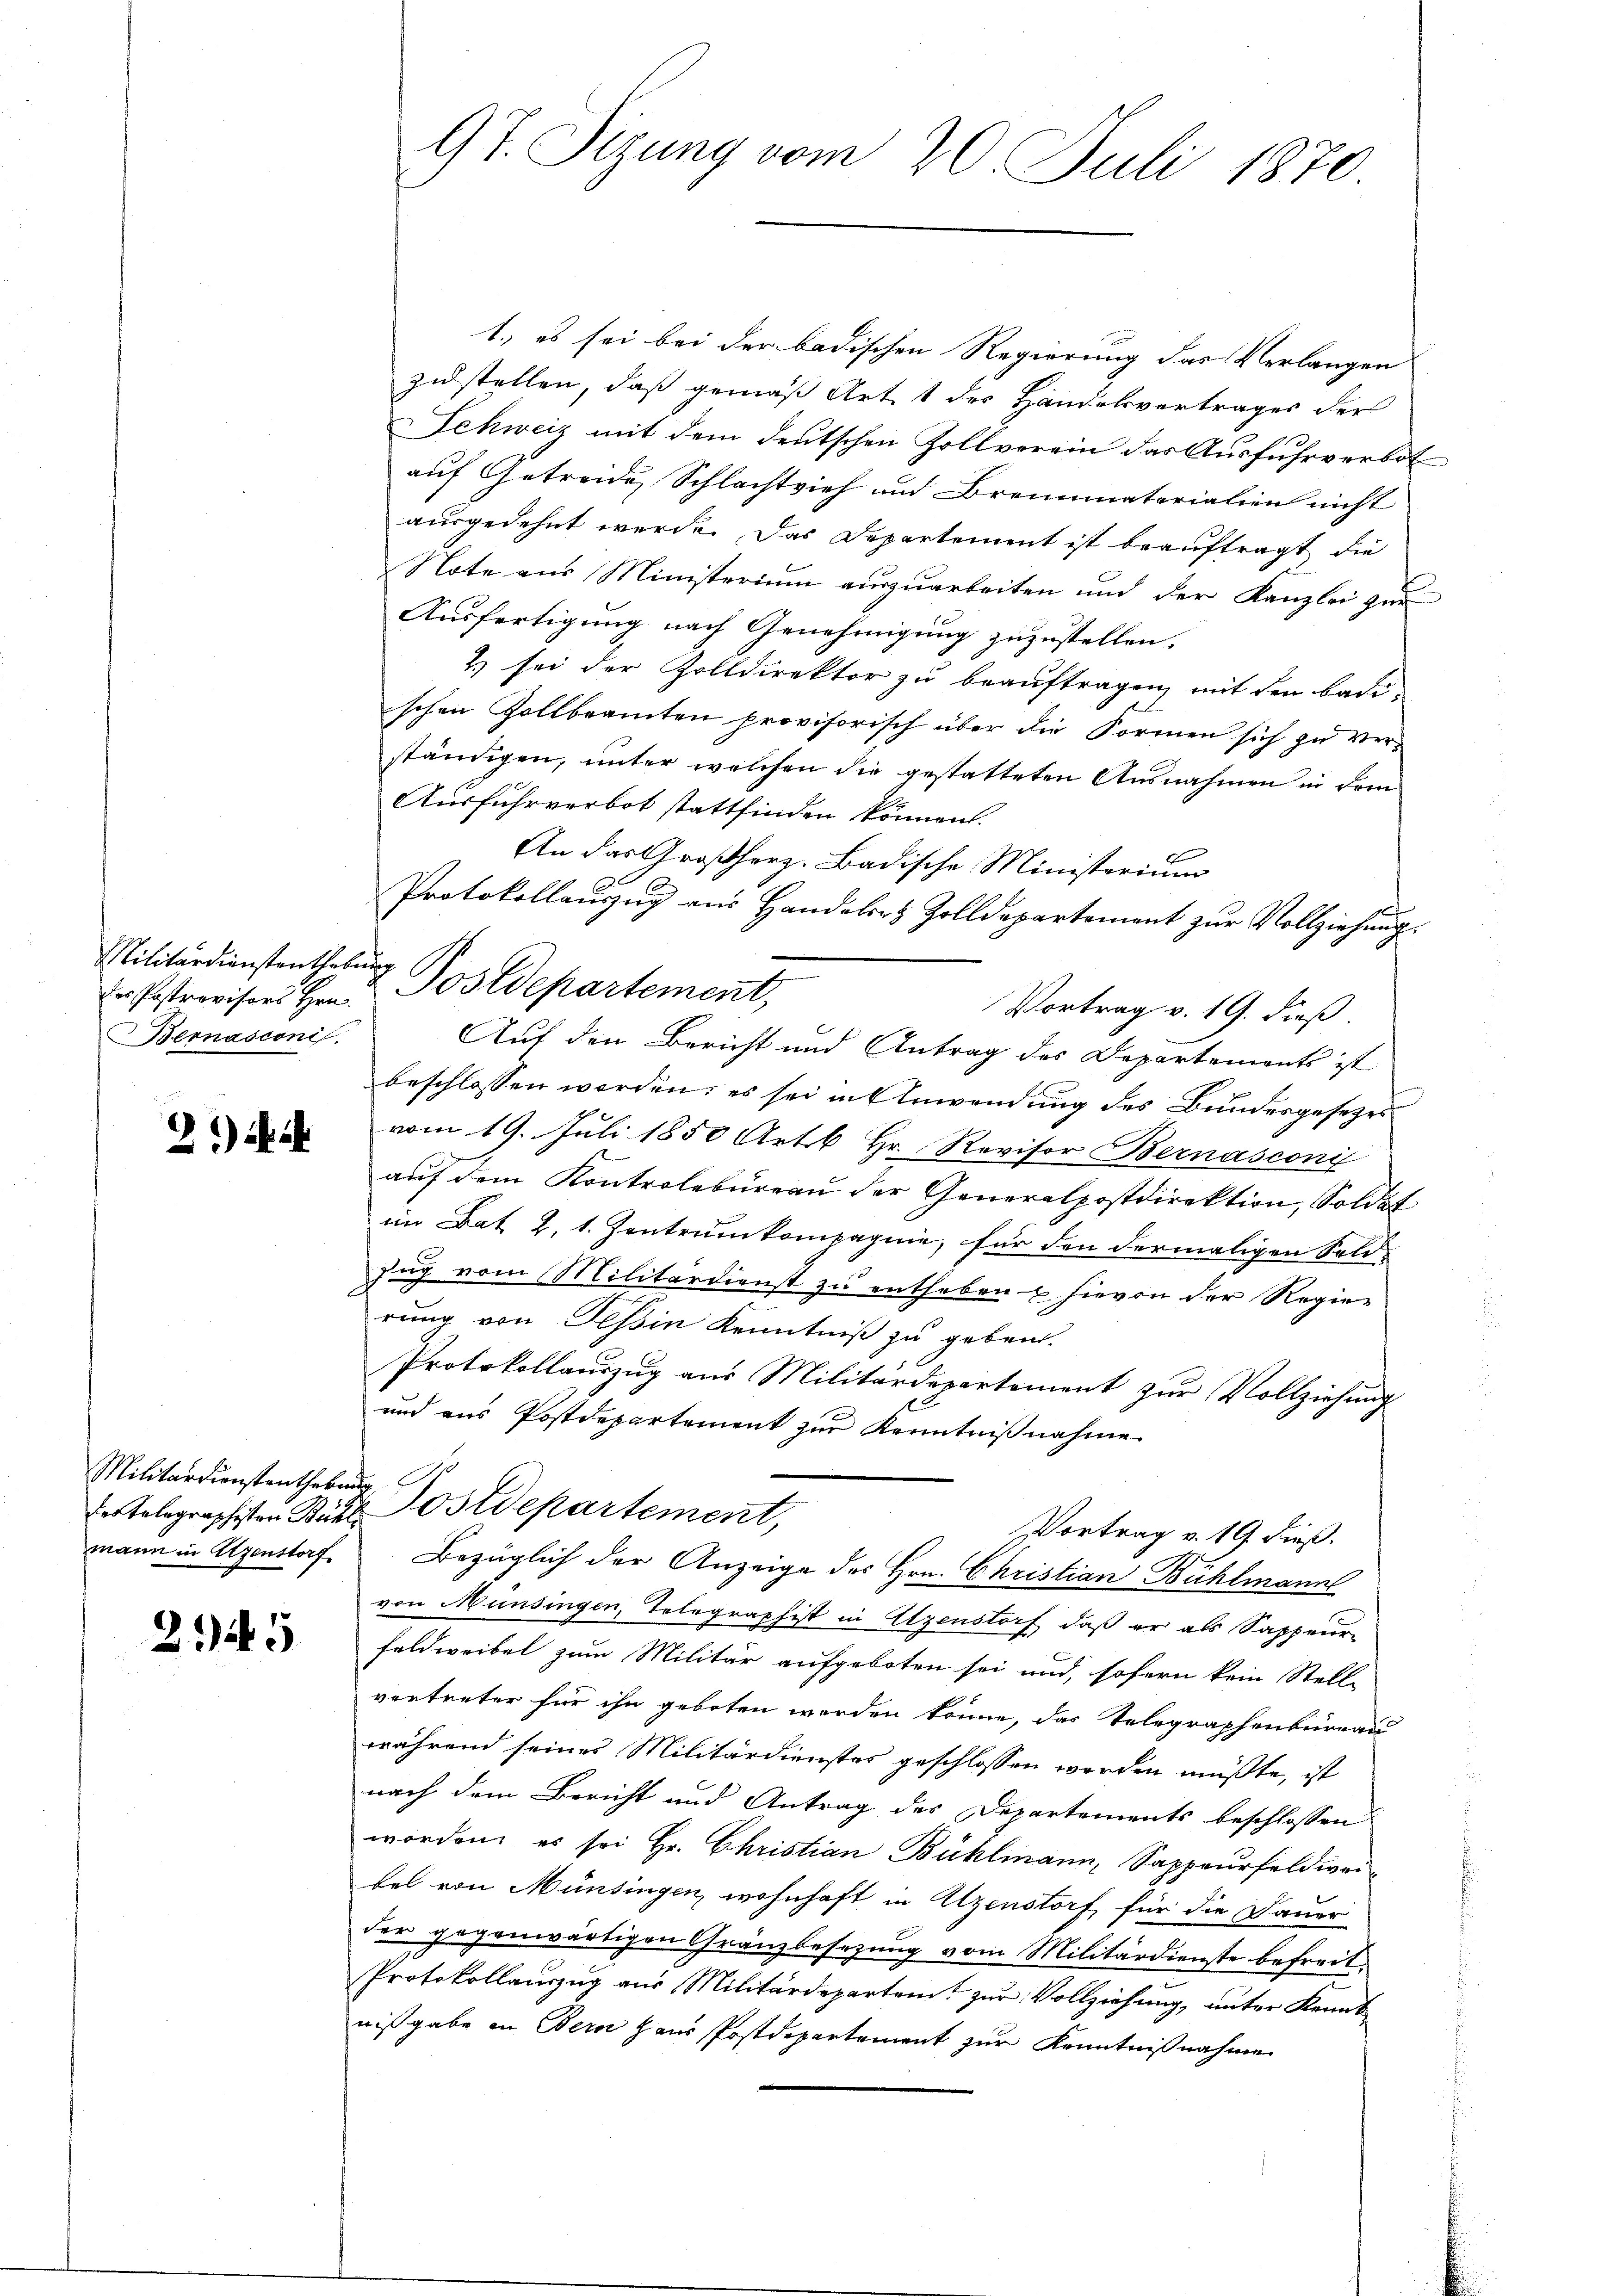
Militärdienstenthebung
Bernasconi

21) Si

Militärdienstanthebung
mann in Agenstorf

245

97. Sizung vom 20. Juli 1870

1.) es sei bei der badischen Regierung das Verlangen
zustellen, daß gemäß Art. 1 des Handelsvertrages der
Schweiz mit dem deutschen Zollverein das Ausfuhrverbot
auf Getreide Schlachtvieh und Brennmaterialien nicht
ausgedehnt werde. Das Departement ist beauftragt, die
Note aus Ministerium auszuarbeiten und der Kanzlei zur
Ausfertigung nach Genehmigung zuzustellen.
2) sei der Zolldirektor zu beauftragen, mit den badi-
schen Zollbeamten provisorisch über die Formen sich zu verständigen, unter welchen die gestatteten Ausnahmen in dem
Ausfuhrverbot stattfinden können.
An das Großherz. Badische Ministerium
Protokollauszug aus Handeler Zolldepartement zur Vollziehung.
Vortrag v. 19. dieß.
Auf den Bericht und Antrag des Departements ist
beschlossen werden, es sei in Anwendung des Bundesgesetzes
vom 19. Juli 1850 Art Hr. Revisor Bernasconi
auf dem Kontrolbureau der Generalpostdirektion, Soldat
im Bat L. 1. Zentrumkompagnie, für den dermaligen Soldzug vom Militärdienst zu entheben & hievon der Regier
rung von Tessin Kenntniß zu geben.
Protokollauszug aus Militärdepartement zur Vollziehung
und aus Postdepartement zur Kenntnißnahme
der telegraphisten Bühl Ostdepartement,
Vortrag v. 19. dieß.
Bezüglich der Anzeige des Hrn. Christian Bühlmann
von Münsingen, Telegraphist in Utzenstorf, daß er als Sappeur-
Feldweibel zum Militär aufgeboten sei und, sofern kein Stell
vortreter für ihn geboten werden könne, das Telegraphenbüreau
während seines Militärdienstes geschlossen werden müßte, ist
nach dem Bericht und Antrag des Departements beschlossen
worden es sei Hr. Christian Bühlmann, Sappeurfeldiver
bel von Münsingen wohnhaft in Uzenstorf für die Dauer
der gegenwärtigen Gränzbesezung vom Militärdienste befreit
Protokollauszug aus Militärdepartem zur Vollziehung, unter Kenntnißgabe in Bern Haus Postdepartement zur Kenntnißnahme

Ie Postrovisors Hrn. Postdepartement,

2